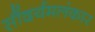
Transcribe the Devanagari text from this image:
सौंदर्यमलंकार